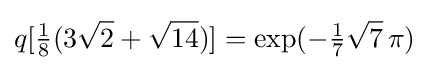
q[{\tfrac {1}{8}}(3{\sqrt {2}}+{\sqrt {14}})]=\exp(-{\tfrac {1}{7}}{\sqrt {7}}\,\pi )